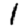
Digit: 1